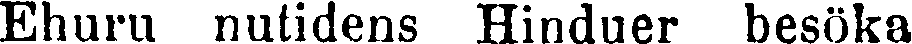
Ehuru nutidens Hinduer besöka